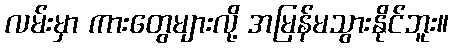
လမ်းမှာ ကားတွေများလို့ အမြန်မသွားနိုင်ဘူး။